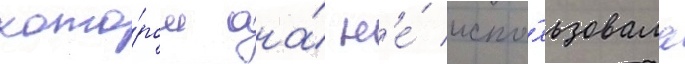
кото́ром она́ н'е́ испо́льзовала